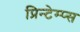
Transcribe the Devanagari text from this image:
प्रिन्टेम्प्स